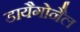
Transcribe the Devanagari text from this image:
डायैगोनैल